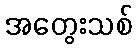
အတွေးသစ်